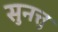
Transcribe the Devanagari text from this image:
सुनत्तु